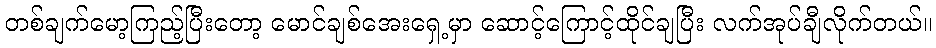
တစ်ချက်မော့ကြည့်ပြီးတော့ မောင်ချစ်အေးရှေ့မှာ ဆောင့်ကြောင့်ထိုင်ချပြီး လက်အုပ်ချီလိုက်တယ်။